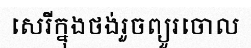
សេរីក្នុងថង់រួចព្យួរចោល